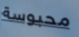
محبوسة